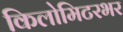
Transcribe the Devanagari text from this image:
किलोमिटरभर